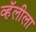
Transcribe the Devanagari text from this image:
व्हॅलीला